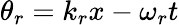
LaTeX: \theta_{r}=k_{r}x-\omega_{r}t